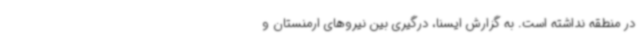
در منطقه نداشته است. به گزارش ایسنا، درگیری بین نیروهای ارمنستان و